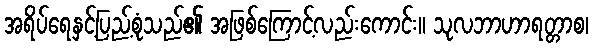
အရိပ်ရေနှင့်ပြည့်စုံသည်၏ အဖြစ်ကြောင့်လည်းကောင်း။ သုလဘာဟာရတ္တာစ၊